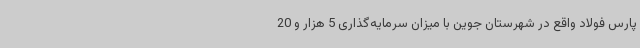
پارس فولاد واقع در شهرستان جوین با میزان سرمایه‌گذاری 5 هزار و 20